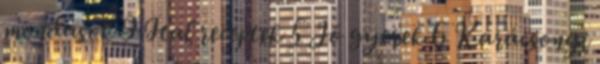
mondások 9 Ital receptek 5 Jó gyerek 6 Karácsonyi